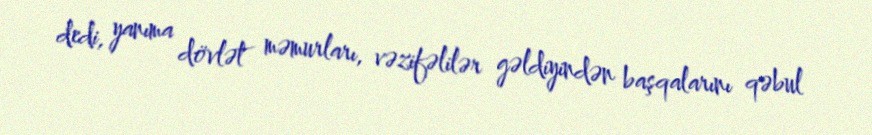
dedi, yanıma dövlət məmurları, vəzifəlilər gəldiyindən başqalarını qəbul